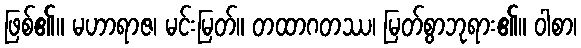
ဖြစ်၏။ မဟာရာဇ၊ မင်းမြတ်။ တထာဂတဿ၊ မြတ်စွာဘုရား၏။ ဝါစာ၊